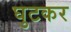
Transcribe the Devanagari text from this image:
घुटकर